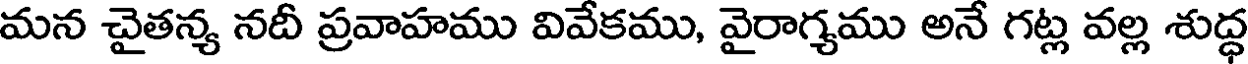
మన చైతన్య నదీ ప్రవాహము వివేకము, వైరాగ్యము అనే గట్ల వల్ల శుద్ధ